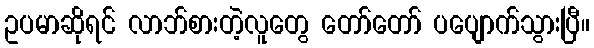
ဥပမာဆိုရင် လာဘ်စားတဲ့လူတွေ တော်တော် ပပျောက်သွားပြီ။